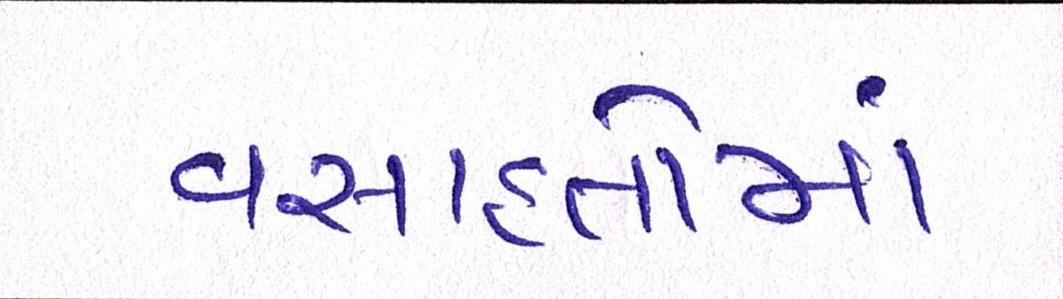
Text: વસાહતોમાં